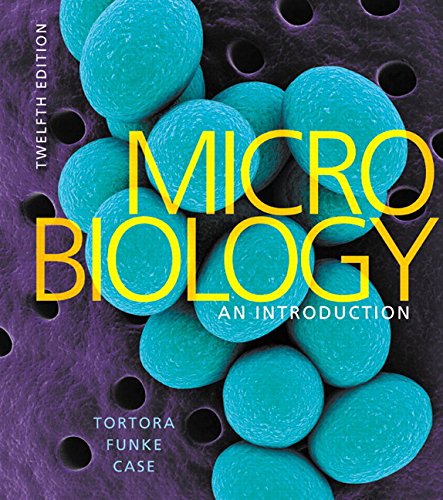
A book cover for Microbiology: An Introduction (12th Edition); Gerard J. Tortora; Medical Books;